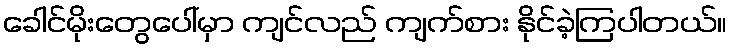
ခေါင်မိုးတွေပေါ်မှာ ကျင်လည် ကျက်စား နိုင်ခဲ့ကြပါတယ်။